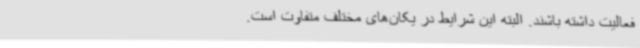
فعالیت داشته باشند. البته این شرایط در یکان‌های مختلف متفاوت است.